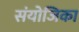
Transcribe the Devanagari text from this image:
संयोजिका